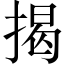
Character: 揭